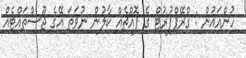
ހުންއައުން : ގްރޭޕްފުރުޓް ގެ ފޮއްޗެއް ކާލުން ނުވަތަ އޭގެ ޖޫސްތައްޓެއް